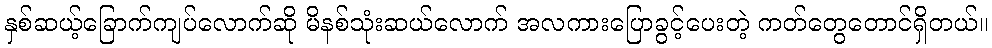
နှစ်ဆယ့်ခြောက်ကျပ်လောက်ဆို မိနစ်သုံးဆယ်လောက် အလကားပြောခွင့်ပေးတဲ့ ကတ်တွေတောင်ရှိတယ်။